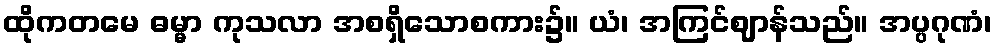
ထိုကတမေ ဓမ္မာ ကုသလာ အစရှိသောစကား၌။ ယံ၊ အကြင်ဈာန်သည်။ အပ္ပဂုဏံ၊